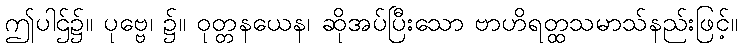
ဤပါဌ်၌။ ပုဗ္ဗေ၊ ၌။ ဝုတ္တနယေန၊ ဆိုအပ်ပြီးသော ဗာဟိရတ္ထသမာသ်နည်းဖြင့်။